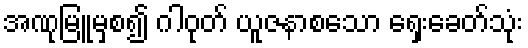
အဏုမြူမှစ၍ ဂါဝုတ် ယူဇနာစသော ရှေးခေတ်သုံး